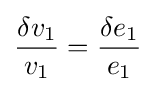
{\frac {\delta v_{1}}{v_{1}}}={\frac {\delta e_{1}}{e_{1}}}